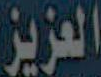
العزيز